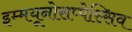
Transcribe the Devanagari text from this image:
इम्मयूनोसप्पेस्सिव